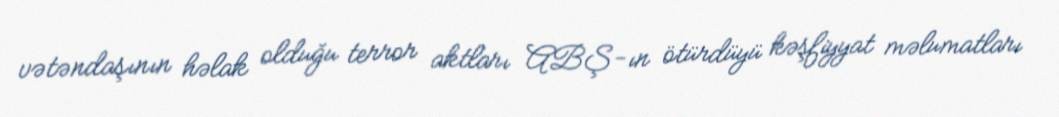
vətəndaşının həlak olduğu terror aktları ABŞ-ın ötürdüyü kəşfiyyat məlumatları